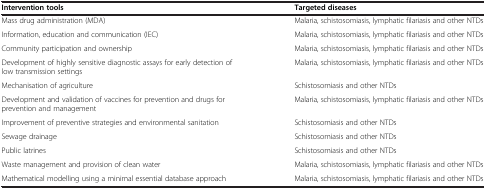
<table><thead><tr><td><b>Intervention tools</b></td><td><b>Targeted diseases</b></td></tr></thead><tbody><tr><td>Mass drug administration (MDA)</td><td>Malaria, schistosomiasis, lymphatic filariasis and other NTDs</td></tr><tr><td>Information, education and communication (IEC)</td><td>Malaria, schistosomiasis, lymphatic filariasis and other NTDs</td></tr><tr><td>Community participation and ownership</td><td>Malaria, schistosomiasis, lymphatic filariasis and other NTDs</td></tr><tr><td>Development of highly sensitive diagnostic assays for early detection of low transmission settings</td><td>Malaria, schistosomiasis, lymphatic filariasis and other NTDs</td></tr><tr><td>Mechanisation of agriculture</td><td>Schistosomiasis and other NTDs</td></tr><tr><td>Development and validation of vaccines for prevention and drugs for prevention and management</td><td>Malaria, schistosomiasis, lymphatic filariasis and other NTDs</td></tr><tr><td>Improvement of preventive strategies and environmental sanitation</td><td>Schistosomiasis and other NTDs</td></tr><tr><td>Sewage drainage</td><td>Schistosomiasis and other NTDs</td></tr><tr><td>Public latrines</td><td>Schistosomiasis and other NTDs</td></tr><tr><td>Waste management and provision of clean water</td><td>Malaria, schistosomiasis, lymphatic filariasis and other NTDs</td></tr><tr><td>Mathematical modelling using a minimal essential database approach</td><td>Malaria, schistosomiasis, lymphatic filariasis and other NTDs</td></tr></tbody></table>